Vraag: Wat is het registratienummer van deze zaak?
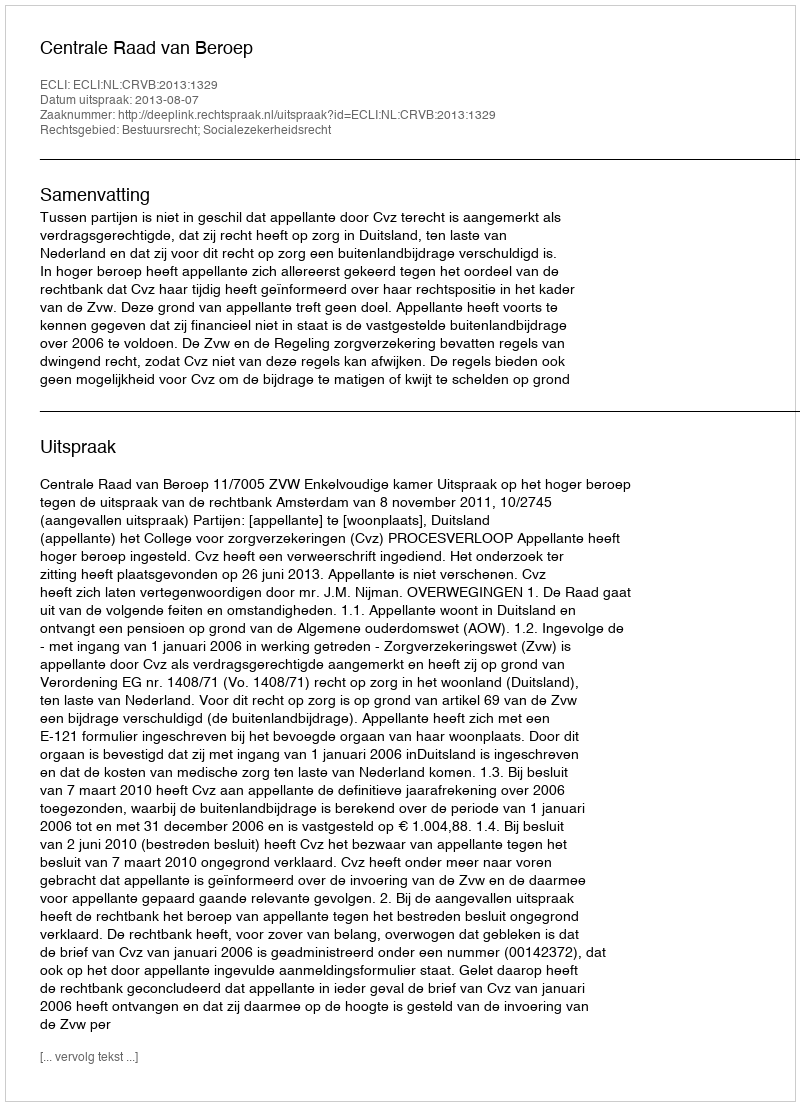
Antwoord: http://deeplink.rechtspraak.nl/uitspraak?id=ECLI:NL:CRVB:2013:1329